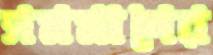
সমমানের